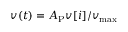
v ( t ) = A _ { \mathrm { P } } v [ i ] / v _ { \mathrm { m a x } }